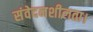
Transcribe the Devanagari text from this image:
संवेदनशीलता।